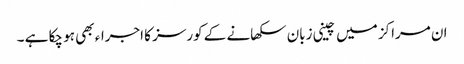
ان مراکز میں چینی زبان سکھانے کے کورسز کا اجراء بھی ہو چکا ہے ۔